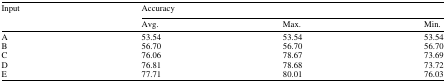
| <ROWSPAN=2> Input | <COLSPAN=3> Accuracy |
 | Avg. | Max. | Min. |
 | --- | --- | --- | --- |
 | A | 53.54 | 53.54 | 53.54 |
 | B | 56.70 | 56.70 | 56.70 |
 | C | 76.06 | 78.67 | 73.69 |
 | D | 76.81 | 78.68 | 73.72 |
 | E | 77.71 | 80.01 | 76.03 |